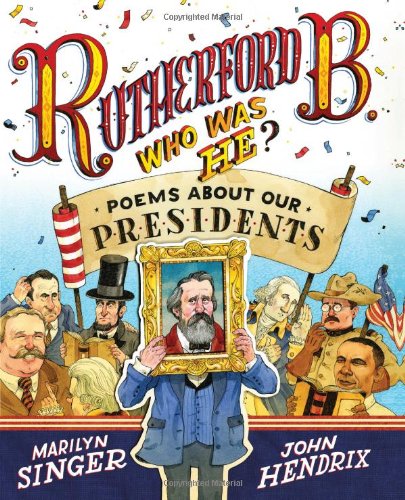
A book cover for Rutherford B., Who Was He?: Poems About Our Presidents; Marilyn Singer; Children's Books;